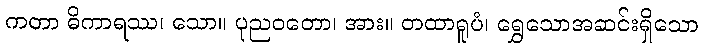
ကတာ ဓိကာရဿ၊ သော။ ပုညဝတော၊ အား။ တထာရူပံ၊ ရွှေသောအဆင်းရှိသော